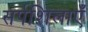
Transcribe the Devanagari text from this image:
सर्पशिलाएँ